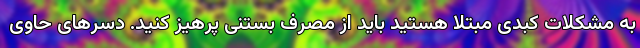
به مشکلات کبدی مبتلا هستید باید از مصرف بستنی پرهیز کنید. دسرهای حاوی